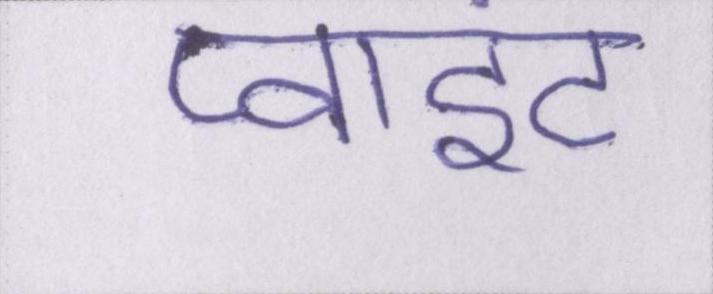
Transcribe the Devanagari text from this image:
प्वाइंट